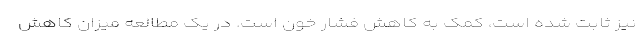
نیز ثابت شده است، کمک به کاهش فشار خون است. در یک مطالعه میزان کاهش